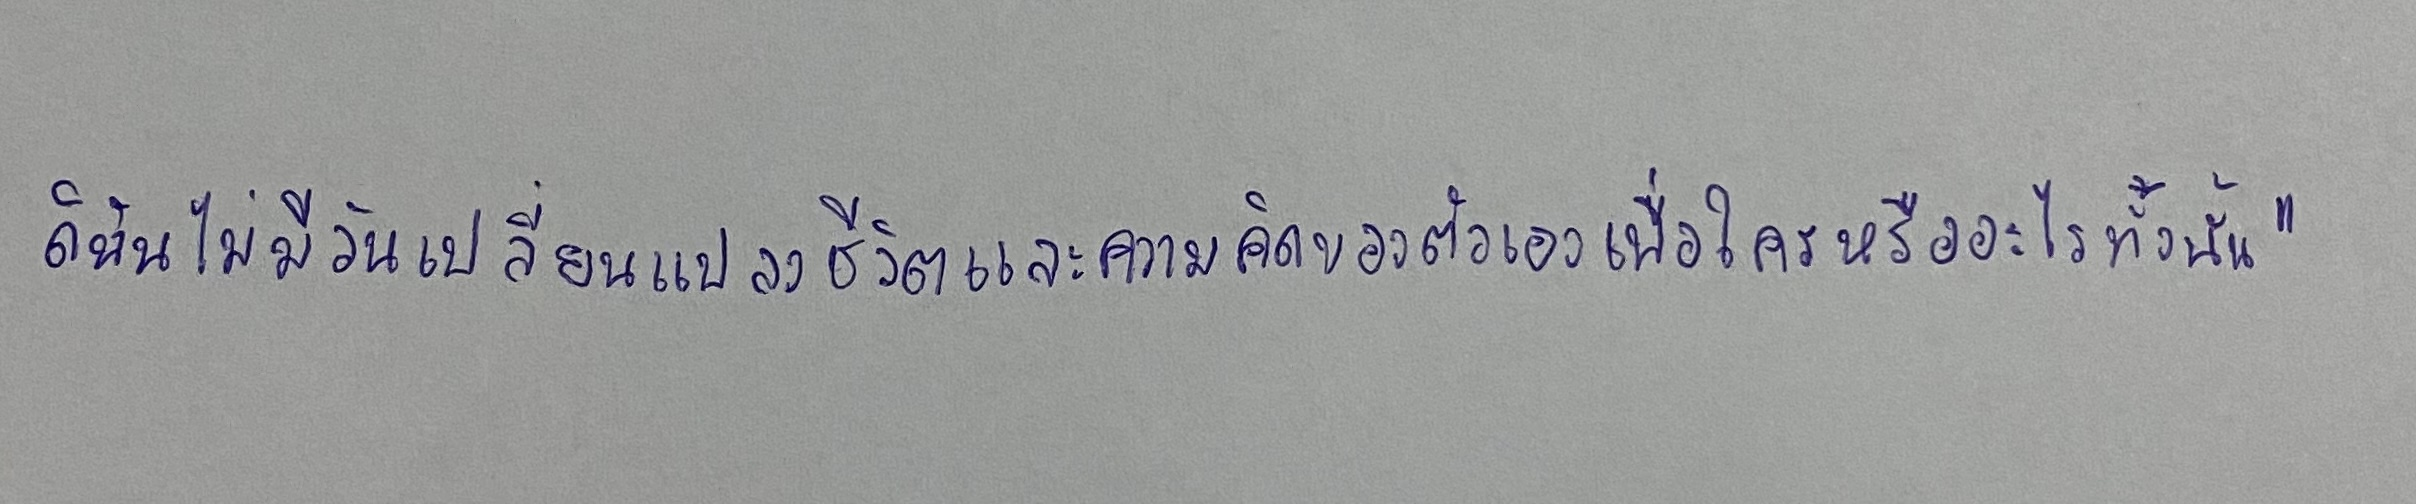
ดิฉันไม่มีวันเปลี่ยนแปลงชีวิตและความคิดของตัวเองเพื่อใครหรืออะไรทั้งนั้น"